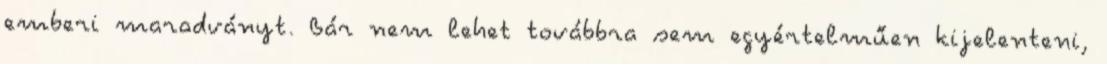
emberi maradványt. Bár nem lehet továbbra sem egyértelműen kijelenteni,